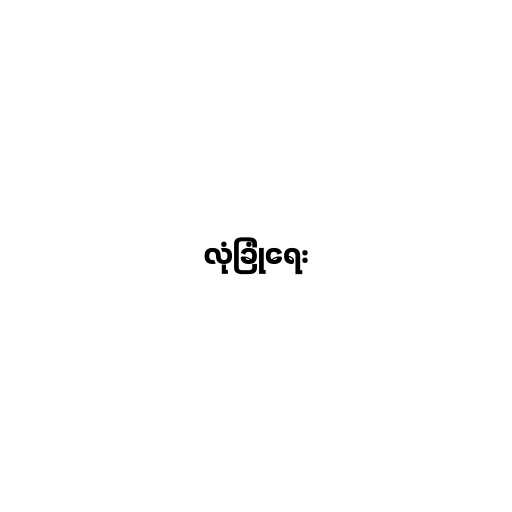
လုံခြုံရေး